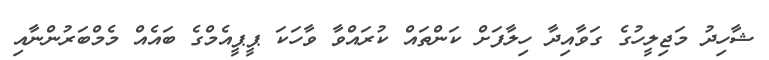
ޝާހިދު މަޖިލީހުގެ ގަވާއިދާ ހިލާފަށް ކަންތައް ކުރައްވާ ވާހަކަ ޕީޕީއެމްގެ ބައެއް މެމްބަރުންނާއި